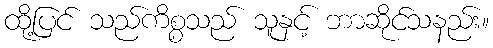
ထို့ပြင် သည်ကိစ္စသည် သူနှင့် ဘာဆိုင်သနည်း။